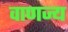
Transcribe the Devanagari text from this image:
वाणज्य